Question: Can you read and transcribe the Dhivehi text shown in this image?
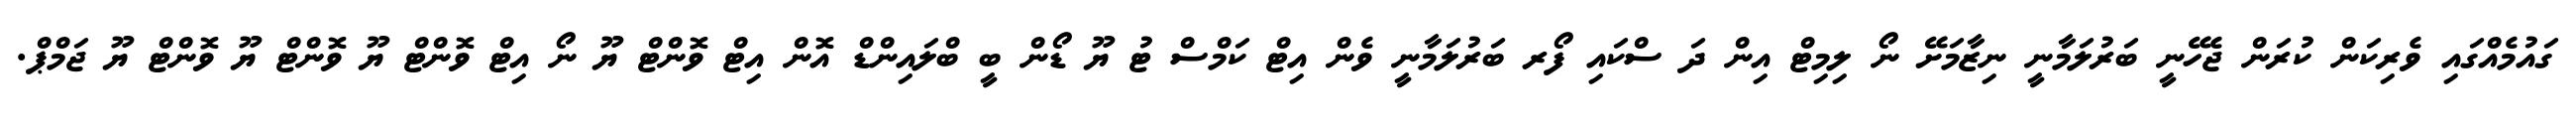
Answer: ގައުމެއްގައި ވެރިކަން ކުރަން ޖެހޭނީ ބަރުލަމާނީ ނިޒާމަށޭ ނޯ ލިމިޓް އިން ދަ ސްކައި ފޯރ ބަރުލަމާނީ ވެން އިޓް ކަމްސް ޓު ޔޫ ޑޯން ބީ ބްލައިންޑް އޮން އިޓް ވޮންޓް ޔޫ ނޯ އިޓް ވޮންޓް ޔޫ ވޮންޓް ޔޫ ވޮންޓް ޔޫ ޖަމްޕް.